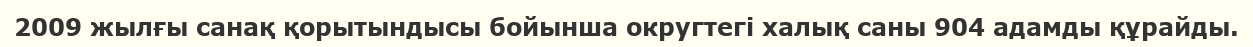
2009 жылғы санақ қорытындысы бойынша округтегі халық саны 904 адамды құрайды.